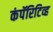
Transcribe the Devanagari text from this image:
कंपॅरिटिव्ह